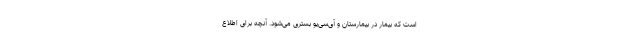
است که بیمار در بیمارستان و آی‌سی‌یو بستری می‌شود. آنچه برای اطلاع